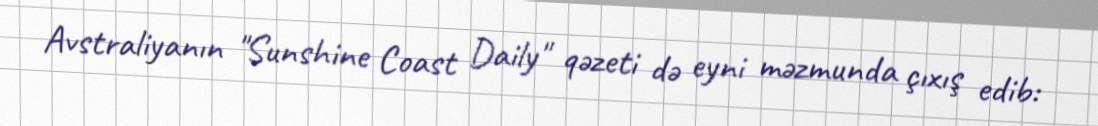
Avstraliyanın "Sunshine Coast Daily" qəzeti də eyni məzmunda çıxış edib: